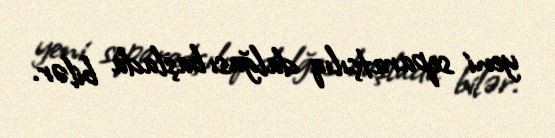
yeni separatçılıq dalğası başlada bilər.